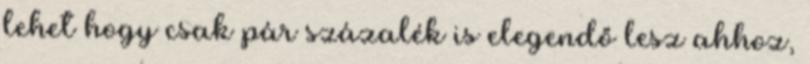
lehet hogy csak pár százalék is elegendő lesz ahhoz,